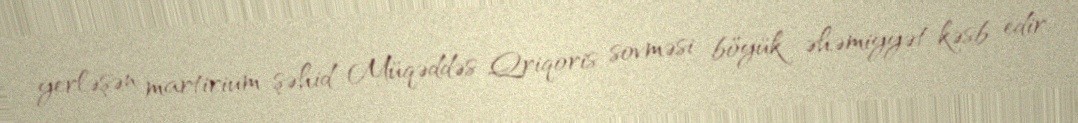
yerləşən martirium-şəhid Müqəddəs Qriqoris sovməsi böyük əhəmiyyət kəsb edir.